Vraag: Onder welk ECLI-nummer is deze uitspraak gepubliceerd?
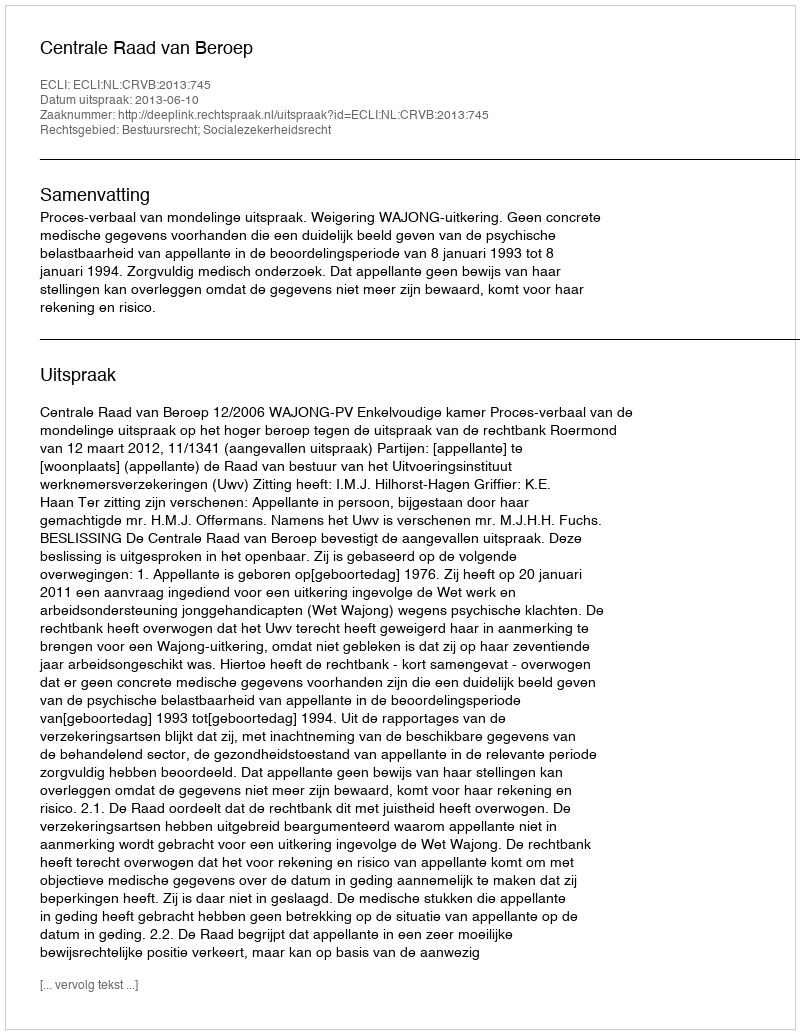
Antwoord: ECLI:NL:CRVB:2013:745